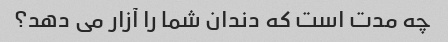
چه مدت است که دندان شما را آزار می دهد؟